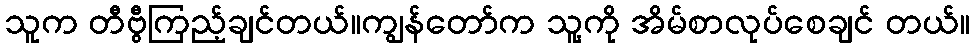
သူက တီဗွီကြည့်ချင်တယ်။ကျွန်တော်က သူ့ကို အိမ်စာလုပ်စေချင် တယ်။